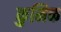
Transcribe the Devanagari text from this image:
कुमिक